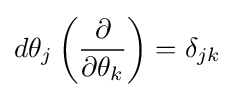
d\theta _{j}\left({\frac {\partial }{\partial \theta _{k}}}\right)=\delta _{jk}